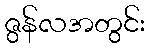
ဇွန်လအတွင်း